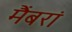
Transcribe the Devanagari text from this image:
मैंबरां